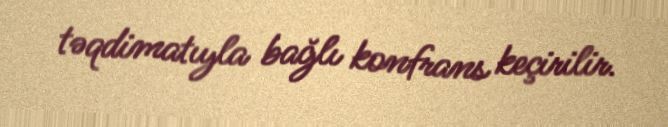
təqdimatıyla bağlı konfrans keçirilir.